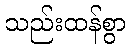
သည်းထန်စွာ